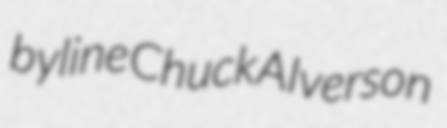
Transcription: byline Chuck Alverson